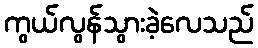
ကွယ်လွန်သွားခဲ့လေသည်